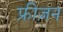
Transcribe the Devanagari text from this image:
फ्रीज़न